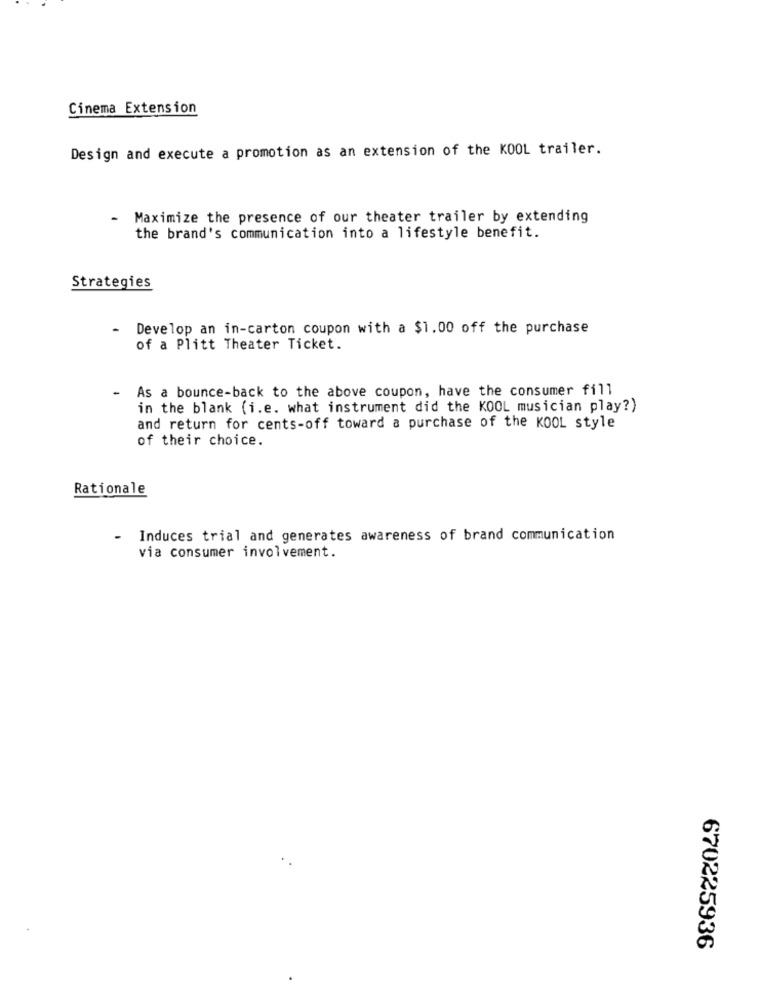
Cinema Extension
Design and execute a promotion as an extension of the KOOL trailer.
Maximize the presence of our theater trailer by extending
the brand's communication into a lifestyle benefit.
Strategies
Develop an in-carton coupon with a $1.00 off the purchase
of a Plitt Theater Ticket.
-
As a bounce-back to the above coupon, have the consumer fill
in the blank (i.e. what instrument did the KOOL musician play?)
and return for cents-off toward a purchase of the KOOL style
of their choice.
Rationale
- Induces trial and generates awareness of brand communication
via consumer involvement.
670225936